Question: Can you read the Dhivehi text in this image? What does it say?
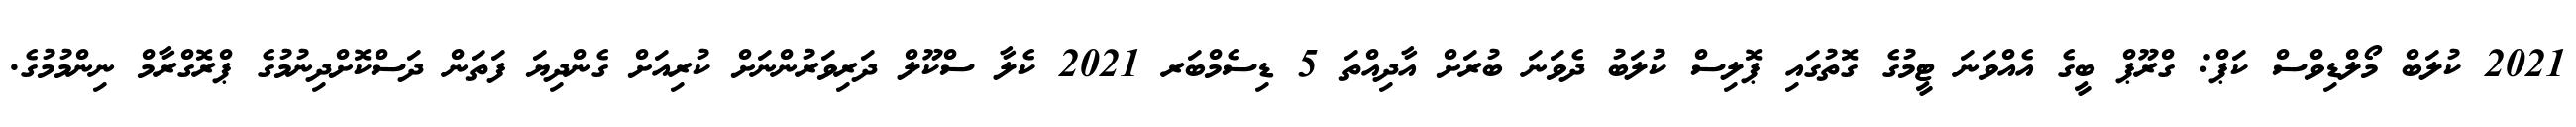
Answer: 2021 ކުލަބް މޯލްޑިވްސް ކަޕް: ގްރޫޕް ބީގެ އެއްވަނަ ޓީމުގެ ގޮތުގައި ޕޮލިސް ކުލަބު ދެވަނަ ބުރަށް އާދިއްތަ 5 ޑިސެމްބަރ 2021 ކެލާ ސްކޫލް ދަރިވަރުންނަށް ކުރިއަށް ގެންދިޔަ ފަތަން ދަސްކޮށްދިނުމުގެ ޕްރޮގްރާމް ނިންމުމުގެ.